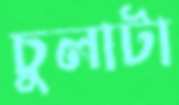
চুলাটা